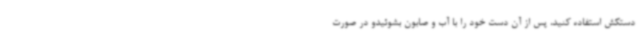
دستکش استفاده کنید، پس از آن دست خود را با آب و صابون بشوئیدو در صورت